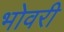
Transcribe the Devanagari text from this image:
भोवरी